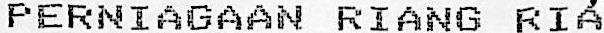
PERNIAGAAN RIANG RIA